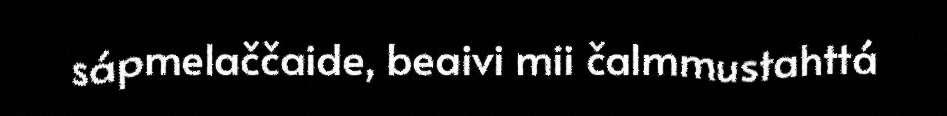
sápmelaččaide, beaivi mii čalmmustahttá